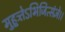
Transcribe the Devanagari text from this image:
मुहूत्र्तेऽभिजित्संज्ञे।।